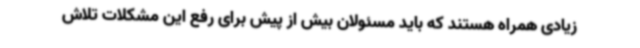
زیادی همراه هستند که باید مسئولان بیش از پیش برای رفع این مشکلات تلاش